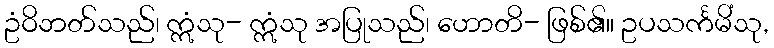
ဥံဝိဘတ်သည်၊ ဣံသု- ဣံသု အပြုသည်၊ ဟောတိ- ဖြစ်၏။ ဥပသင်္ကမိံသု,